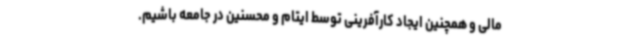
مالی و همچنین ایجاد کارآفرینی توسط ایتام و محسنین در جامعه باشیم.